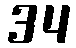
34